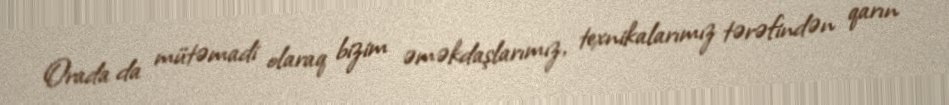
Orada da mütəmadi olaraq bizim əməkdaşlarımız, texnikalarımız tərəfindən qarın